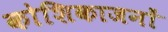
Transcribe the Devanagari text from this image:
कोशिकाजनों